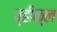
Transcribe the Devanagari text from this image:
व्हीक्ल